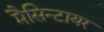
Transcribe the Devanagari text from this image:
मैसिन्टायर